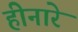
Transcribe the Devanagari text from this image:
हीनारे